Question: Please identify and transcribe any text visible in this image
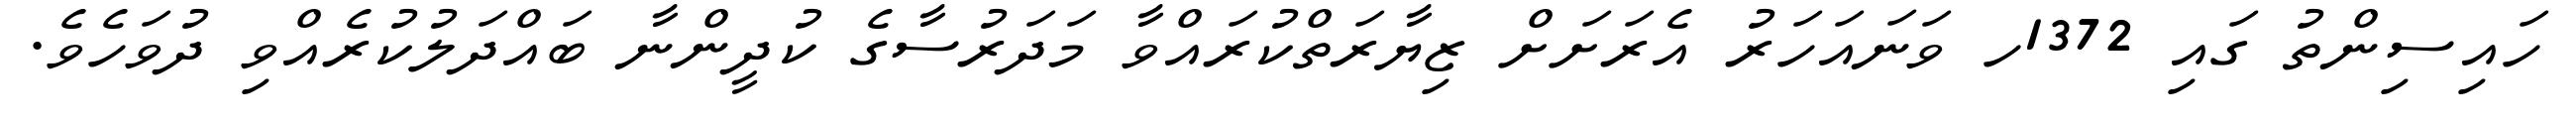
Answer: ހައިސިންތު ގައި 1372ހ ވަނައަހަރު އެރަށަށް ޒިޔާރަތްކުރައްވާ މަދަރުސާގެ ކުދީންނާ ބައްދަލުކުރެއްވި ދުވަހެވެ.